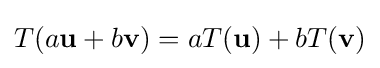
T(a\mathbf {u} +b\mathbf {v} )=aT(\mathbf {u} )+bT(\mathbf {v} )